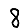
Digit: 8